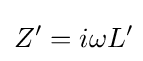
Z'=i\omega L'\!